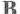
B